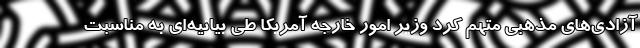
آزادی‌های مذهبی متهم کرد وزیر امور خارجه آمریکا طی بیانیه‌ای به مناسبت